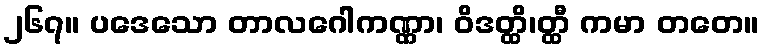
၂၆၇။ ပဒေသော တာလဂေါကဏ္ဏာ၊ ဝိဒတ္ထိ၊တ္ထီ ကမာ တတေ။